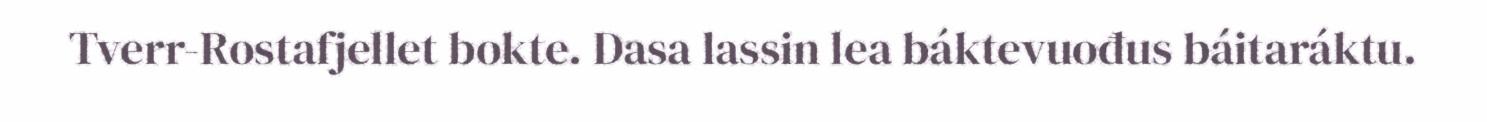
Tverr-Rostafjellet bokte. Dasa lassin lea báktevuođus báitaráktu.